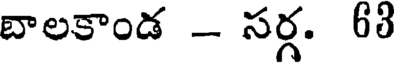
బాలకాండ - సర్గ. 68